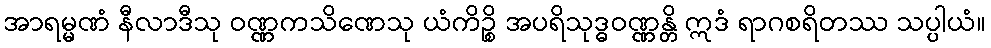
အာရမ္မဏံ နီလာဒီသု ဝဏ္ဏကသိဏေသု ယံကိဉ္စိ အပရိသုဒ္ဓဝဏ္ဏန္တိ ဣဒံ ရာဂစရိတဿ သပ္ပါယံ။